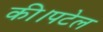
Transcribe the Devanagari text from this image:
की।पटेल